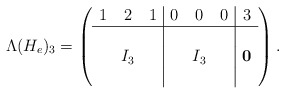
\begin{align*} \Lambda(H_e)_3=\left(\begin{array}{ccc|ccc|c} 1&2&1&0&0&0&3\\\hline&&&&&&\\&I_3&&&I_3&&\mathbf{0}\\&&&&&& \end{array}\right).\end{align*}